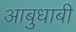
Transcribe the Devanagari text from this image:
आबुधाबी